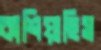
কাশিয়াছিস